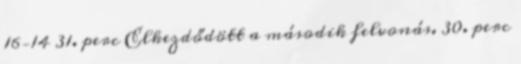
16–14 31. perc Elkezdődött a második felvonás. 30. perc